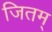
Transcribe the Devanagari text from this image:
जितम्